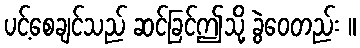
ပင့်စေချင်သည် ဆင်ခြင်ဤသို့ ခွဲဝေတည်း ။